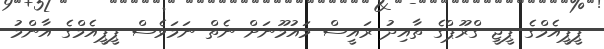
ޕީޕީއެމްގެ ޕީޖީ ގްރޫޕްގެ ތާއިދު ރައީސް މައުމޫނަށް ނެތް ނަމަވެސް ޕީޕީއެމްގެ އާންމު